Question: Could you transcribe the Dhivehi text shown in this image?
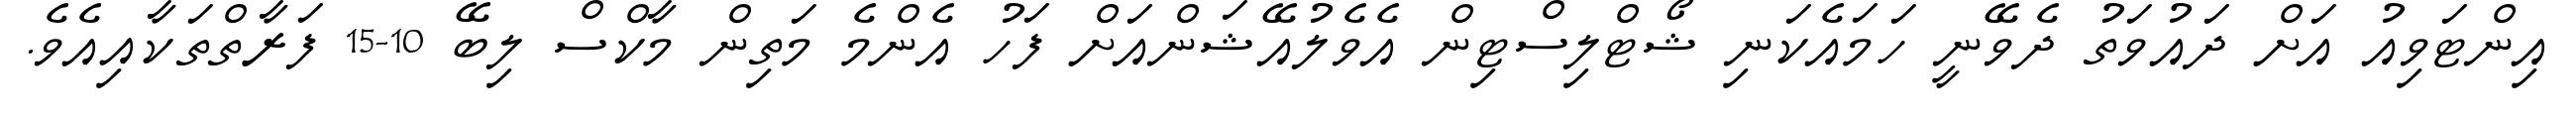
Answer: އިންޓަވިއު އަށް ދައުވަތު ދެވޭނީ ހަމައެކަނި ޝޯޓްލިސްޓިން އެވެލުއޭޝަންއަށް ފަހު އެންމެ މަތިން މާކްސް ލިބޭ 10-15 ފަރާތްތަކާއިއެވެ.